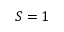
S = 1